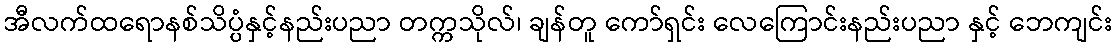
အီလက်ထရောနစ်သိပ္ပံနှင့်နည်းပညာ တက္ကသိုလ်၊ ချန်တူ ကော်ရှင်း လေကြောင်းနည်းပညာ နှင့် ဘေကျင်း